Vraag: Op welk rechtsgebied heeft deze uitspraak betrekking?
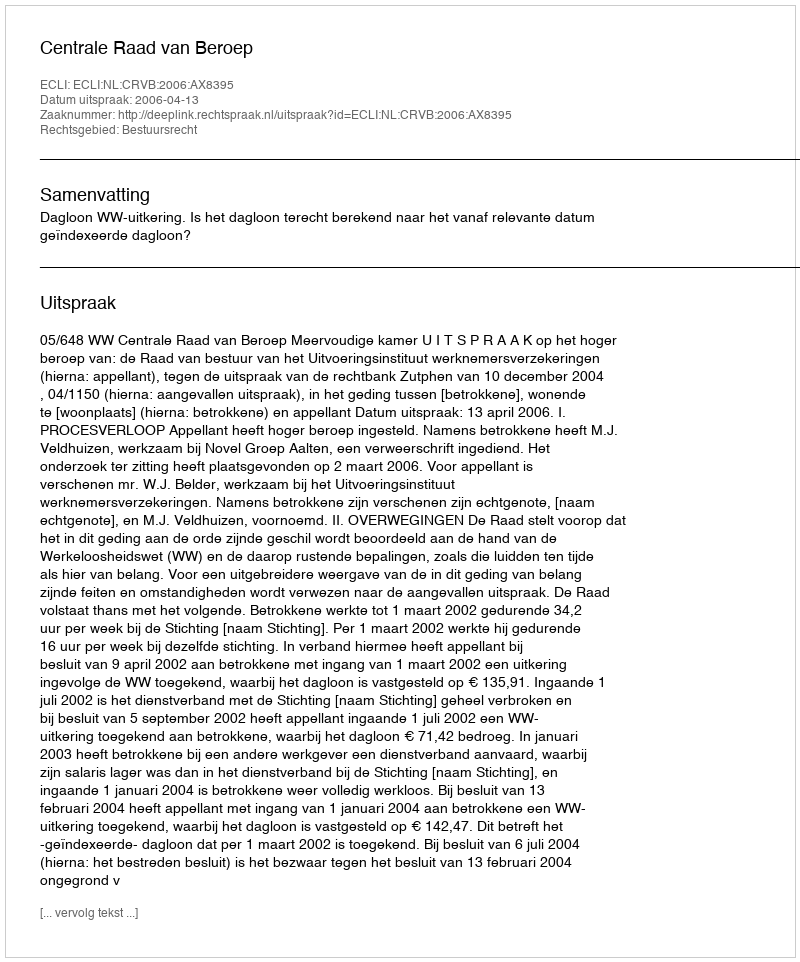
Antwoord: Bestuursrecht